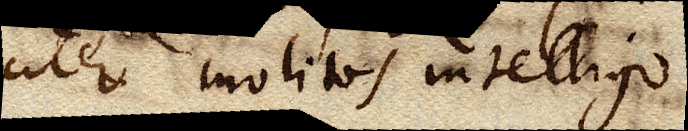
citer molitos intelligo